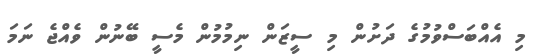
މި އެއްބަސްވުމުގެ ދަށުން މި ސީޒަން ނިމުމުން މެސީ ބޭނުން ވެއްޖެ ނަމަ